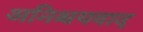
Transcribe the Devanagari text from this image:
अनिश्चयवाद